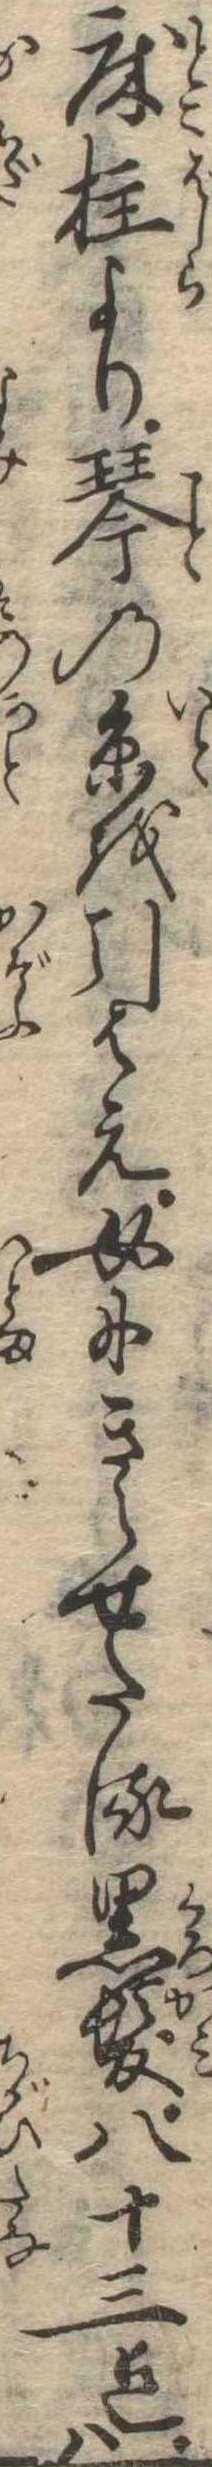
床柱より琴の糸を引はえ女にきらせたる黒髪八十三迄は